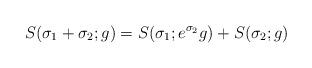
LaTeX: \begin{align*}S(\sigma_{1} + \sigma_{2}; g) = S(\sigma_{1}; e^{\sigma_{2}}g)+ S(\sigma_{2}; g)\end{align*}